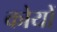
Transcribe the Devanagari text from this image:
कोयों